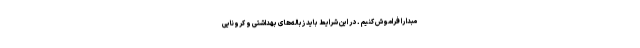
مبدا را فراموش کنیم . در این شرایط باید زباله‌های بهداشتی و کرونایی